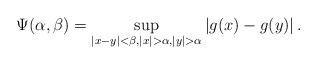
LaTeX: \begin{align*} \Psi(\alpha,\beta) = \sup_{|x-y|<\beta, |x|>\alpha, |y|>\alpha} \left| g(x) - g(y) \right|.\end{align*}